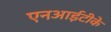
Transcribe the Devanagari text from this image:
एनआईटीके